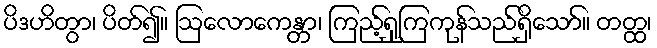
ပိဒဟိတွာ၊ ပိတ်၍။ ဩလောကေန္တာ၊ ကြည့်ရှုကြကုန်သည်ရှိသော်။ တတ္ထ၊